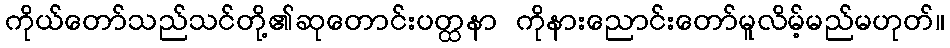
ကိုယ်တော်သည်သင်တို့၏ဆုတောင်းပတ္ထနာ ကိုနားညောင်းတော်မူလိမ့်မည်မဟုတ်။